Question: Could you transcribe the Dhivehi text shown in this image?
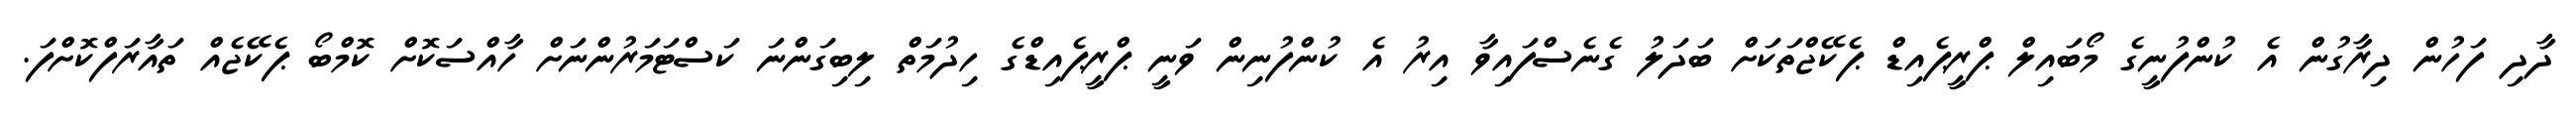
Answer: ދާދި ފަހުން ދިރާގުން އެ ކުންފުނީގެ މޯބައިލް ޕްރީޕެއިޑް ޕެކޭޖްތަކަށް ބަދަލު ގެނެސްފައިވާ އިރު އެ ކުންފުނިން ވަނީ ޕްރީޕެއިޑްގެ ހިދުމަތް ލިބިގަންނަ ކަސްޓަމަރުންނަށް ހާއްސަކޮށް ކޮމްބޯ ޕެކޭޖެއް ތައާރަފްކޮށްފަ.